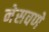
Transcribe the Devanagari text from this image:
नेसवणे